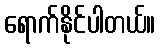
ရောက်နိုင်ပါတယ်။